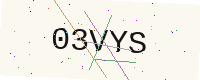
Text: 03VYS